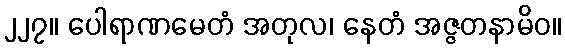
၂၂၇။ ပေါရာဏမေတံ အတုလ၊ နေတံ အဇ္ဇတနာမိဝ။